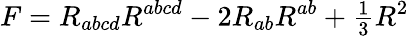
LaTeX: F=R_{abcd}R^{abcd}-2R_{ab}R^{ab}+{\textstyle{\frac{1}{3}}}R^{2}